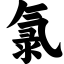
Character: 氯